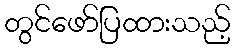
တွင်ဖော်ပြထားသည့်